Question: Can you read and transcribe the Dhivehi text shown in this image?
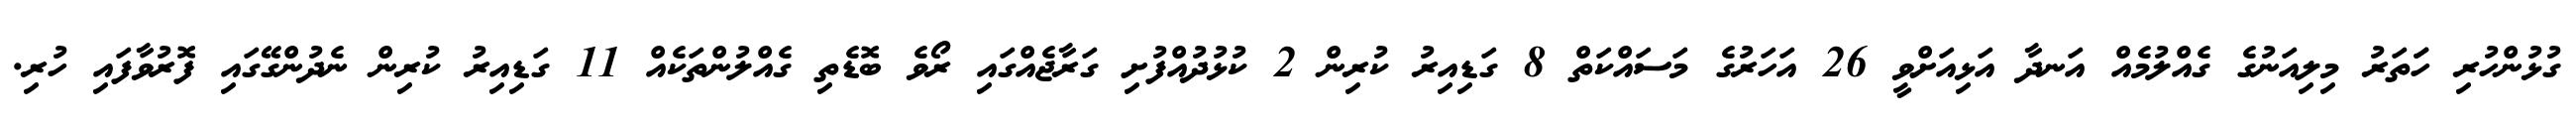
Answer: ގުޅުންހުރި ހަަތަރު މިލިއަނުގެ ގެއްލުމެއް އަނދާ އަޅިއަށްވީ 26 އަހަރުގެ މަސައްކަތް 8 ގަޑިއިރު ކުރިން 2 ކުޅުދުއްފުށި ގަރާޖެއްގައި ރޯވެ ބޮޑެތި ގެއްލުންތަކެއް 11 ގަޑިއިރު ކުރިން ނެދުންގޭގައި ފޮރުވާފައި ހުރި.